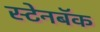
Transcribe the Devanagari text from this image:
स्टेनबॅक